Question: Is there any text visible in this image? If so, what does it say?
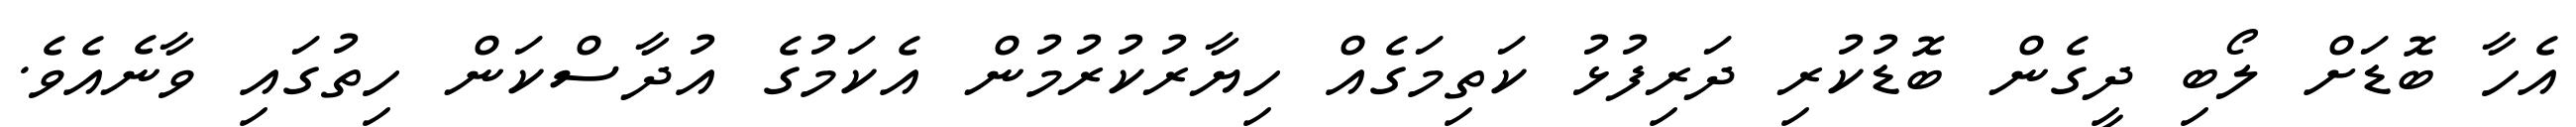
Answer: އެހާ ބޮޑަށް ލޯބި ދީގެން ބޮޑުކުރި ދަރިފުޅު ކަތިމަގެއް ހިޔާރުކުރުމުން އެކަމުގެ އުދާސްކަން ހިތުގައި ވާނެއެވެ.